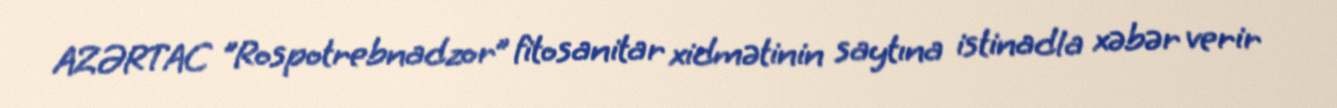
AZƏRTAC "Rospotrebnadzor” fitosanitar xidmətinin saytına istinadla xəbər verir